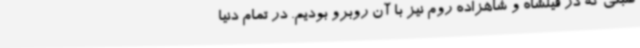
سبکی که در فیلشاه و شاهزاده روم نیز با آن روبرو بودیم. در تمام دنیا